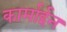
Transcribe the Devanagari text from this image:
कार्माईन